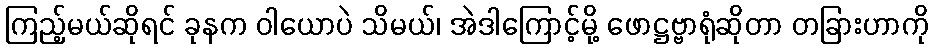
ကြည့်မယ်ဆိုရင် ခုနက ဝါယောပဲ သိမယ်၊ အဲဒါကြောင့်မို့ ဖောဋ္ဌဗ္ဗာရုံဆိုတာ တခြားဟာကို